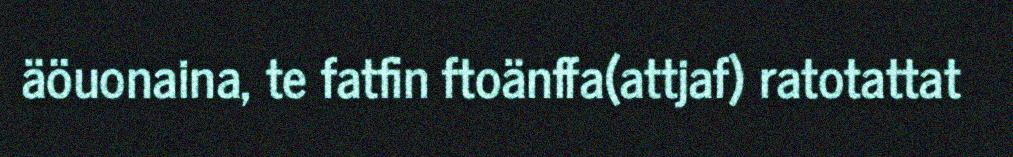
äöuonaina, te fatfin ftoänffa(attjaf) ratotattat